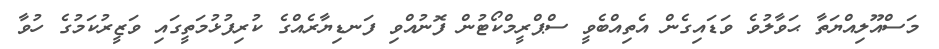
މަސްއޫލިއްޔަތާ ޙަވާލުވެ ވަޑައިގެން އެތިއްބެވީ ސްޕްރީމްކޯޓުން ފޮނުއްވި ފަނޑިޔާރެއްގެ ކުރިފުޅުމަތީގައި ވަޒީރުކަމުގެ ހުވާ